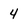
Character: 4